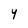
Character: Y